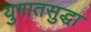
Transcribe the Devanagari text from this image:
युगातसुद्धा